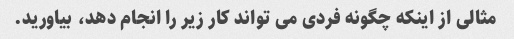
مثالی از اینکه چگونه فردی می تواند کار زیر را انجام دهد، بیاورید.